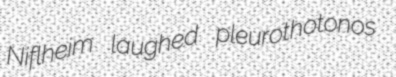
Niflheim laughed pleurothotonos